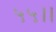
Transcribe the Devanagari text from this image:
५५।।